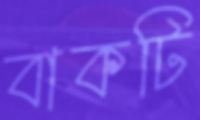
বাকটি